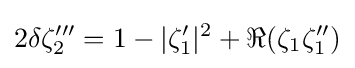
2\delta \zeta _{2}'''=1-|\zeta _{1}'|^{2}+\Re (\zeta _{1}\zeta _{1}'')